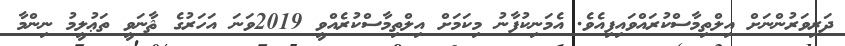
ދަރިވަރުންނަށް އިލްތިމާސްކުރައްވައިފިއެވެ. އެމަނިކުފާނު މިކަމަށް އިލްތިމާސްކުރެއްވީ 2019ވަނަ އަހަރުގެ ޘާނަވީ ތަޢުލީމު ނިންމާ